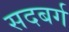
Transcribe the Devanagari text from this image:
सदबर्ग